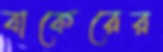
বাকেরের